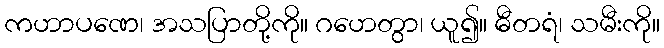
ကဟာပဏေ၊ အသပြာတို့ကို။ ဂဟေတွာ၊ ယူ၍။ ဓီတရံ၊ သမီးကို။